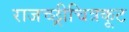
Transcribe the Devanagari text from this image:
राजच्छ्रीचित्रकूट